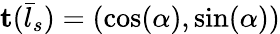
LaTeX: \mathbf t(\bar{l}_{s})=(\cos(\alpha),\sin(\alpha))